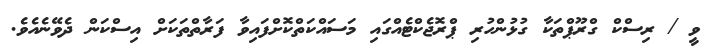
ވީ / ރިސްކް ގްރޫޕްތަކާ ގުޅުންހުރި ޕްރޮޖެކްޓެއްގައި މަސައްކަތްކޮށްފައިވާ ފަރާތްތަކަށް އިސްކަން ދެވޭނެއެވެ.